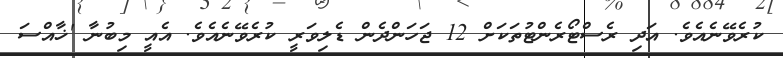
ކުރެވޭނެއެވެ. އަދި ރެސްޓޯރެންޓުތަކަށް 12 ޖަހަންދެން ޑެލިވަރީ ކުރެވޭނެއެވެ. އެއީ މިބުނާ 'ޚާއްސަ